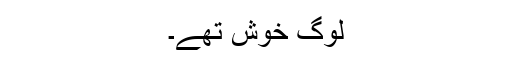
لوگ خوش تھے۔